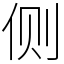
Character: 侧